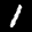
Label: 1